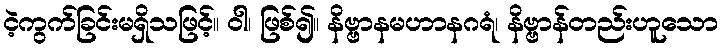
ငဲ့ကွက်ခြင်းမရှိသဖြင့်။ ဝါ၊ ဖြစ်၍။ နိဗ္ဗာနမဟာနဂရံ၊ နိဗ္ဗာန်တည်းဟူသော